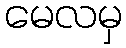
မေလမှ